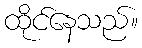
ထိုင်နေသည်။